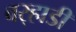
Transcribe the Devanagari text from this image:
वर्‍हाडीं